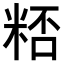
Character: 𥺖